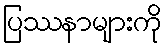
ပြဿနာများကို